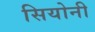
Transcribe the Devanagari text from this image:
सियोनी